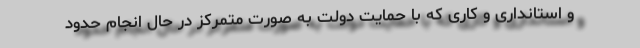
و استانداری و کاری که با حمایت دولت به صورت متمرکز در حال انجام حدود